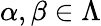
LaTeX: \alpha,\beta\in\Lambda